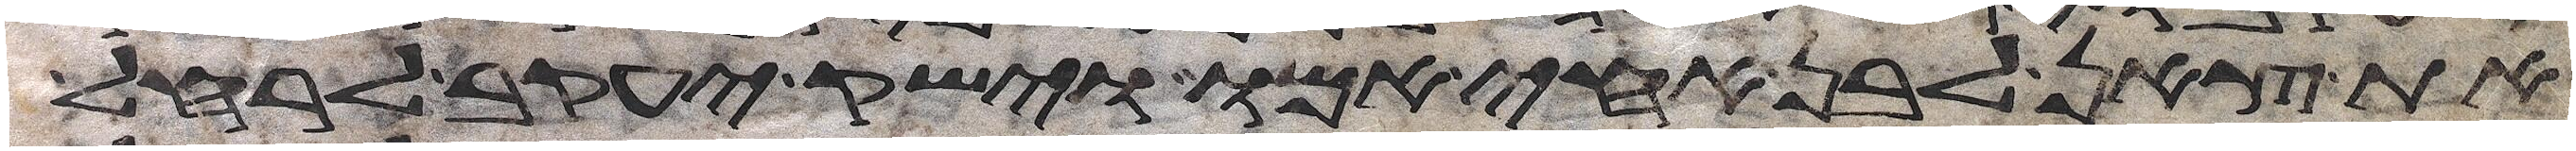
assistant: את צאן לבן אחי אמו וישק יעקב לרחל